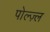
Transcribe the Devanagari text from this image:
पोल्ज़्ल